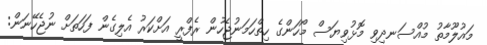
މައުލޫމާތު މުއްސަނދިވި މޮޅުވިޔަސް މޯހަންގެ ހިތްހަމަނުޖެހުން ރެފްރީ އަށްކަރު އެލިގެން ފަހަތަށް ނުޖެހޭނަން: